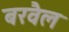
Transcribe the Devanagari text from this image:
बरवैल